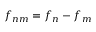
f _ { n m } = f _ { n } - f _ { m }